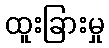
ထူးခြားမှု